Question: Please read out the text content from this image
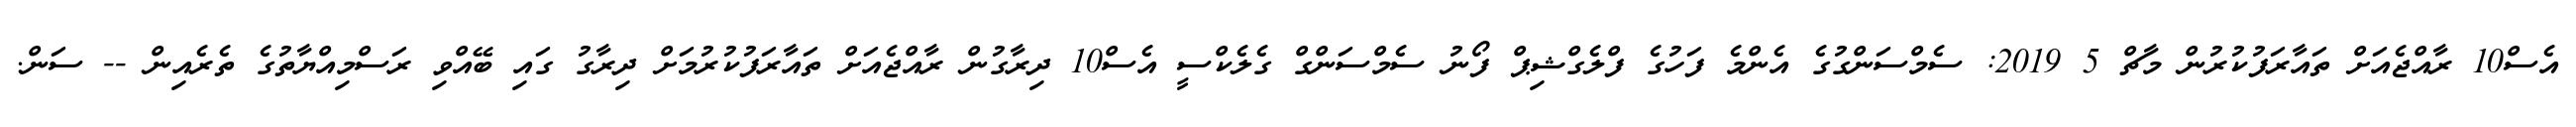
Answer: އެސް10 ރާއްޖެއަށް ތައާރަފުކުރުން މާޗް 5 2019: ސެމްސަންގުގެ އެންމެ ފަހުގެ ފްލެގްޝިޕް ފޯނު ސެމްސަންގް ގެލެކްސީ އެސް10 ދިރާގުން ރާއްޖެއަށް ތައާރަފުކުރުމަށް ދިރާގު ގައި ބޭއްވި ރަސްމިއްޔާތުގެ ތެރެއިން -- ސަން.